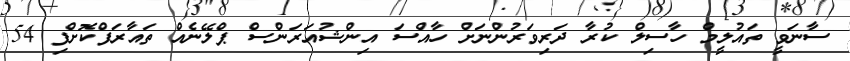
ސާނަވީ ތައުލީމް ހާސިލް ކުރާ ދަރިވަރުންނަށް ހާއްސަ އިންޝުއަރަންސް ޕްލޭނެއް ތައާރަފްކޮށްފި 54